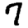
Digit: 7